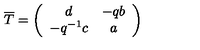
\overline { { T } } = \left( \begin{array} { c c } { d } & { - q b } \\ { - q ^ { - 1 } c } & { a } \\ \end{array} \right)